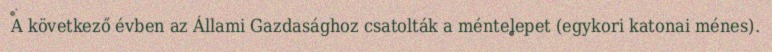
A következő évben az Állami Gazdasághoz csatolták a méntelepet (egykori katonai ménes).